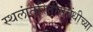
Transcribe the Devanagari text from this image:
स्थलांतरितांसंबंधीच्या